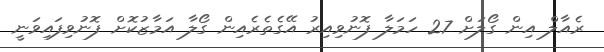
ރެއާލް އިން ގޯލަށް 27 ހަމަލާ ފޮނުވިއިރު އޭގެތެރެއިން ގޯލާ އަމާޒުކޮށް ފޮނުވިފައިވަނީ